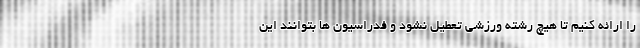
را ارائه کنیم تا هیچ رشته ورزشی تعطیل نشود و فدراسیون ها بتوانند این